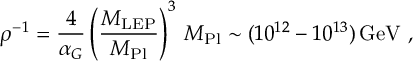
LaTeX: \rho ^ { - 1 } = { \frac { 4 } { \alpha _ { G } } } \left( { \frac { M _ { \mathrm { L E P } } } { M _ { \mathrm { P l } } } } \right) ^ { 3 } \, M _ { \mathrm { P l } } \sim ( 1 0 ^ { 1 2 } - 1 0 ^ { 1 3 } ) \, \mathrm { G e V } \ ,